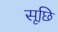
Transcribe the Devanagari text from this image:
सूछि